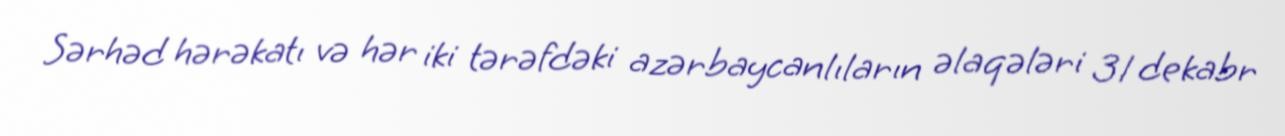
Sərhəd hərəkatı və hər iki tərəfdəki azərbaycanlıların əlaqələri 31 dekabr